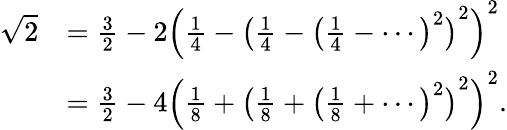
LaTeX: {\begin{array}{rl}{{\sqrt{2}}}&{={\frac{3}{2}}-2\left({\frac{1}{4}}-\left({\frac{1}{4}}-{\bigl(}{\frac{1}{4}}-\cdots{\bigr)}^{2}\right)^{2}\right)^{2}}\\ &{={\frac{3}{2}}-4\left({\frac{1}{8}}+\left({\frac{1}{8}}+{\bigl(}{\frac{1}{8}}+\cdots{\bigr)}^{2}\right)^{2}\right)^{2}.}\end{array}}